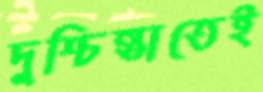
দুশ্চিন্তাতেই